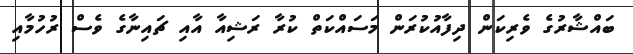
ބައްޝާރުގެ ވެރިކަން ދިފާއުކުރަން މަސައްކަތް ކުރާ ރަޝިއާ އާއި ޗައިނާގެ ވެސް ރުހުމާއި